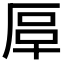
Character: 𠩰